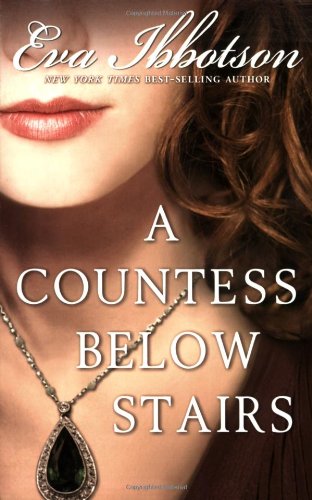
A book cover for A Countess Below Stairs; Eva Ibbotson; Teen & Young Adult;